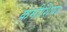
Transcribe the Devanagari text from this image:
कमीशिया